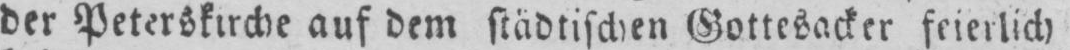
der Peterskirche auf dem städtischen Gottesacker feierlich